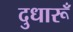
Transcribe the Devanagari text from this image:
दुधारूँ